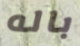
باله